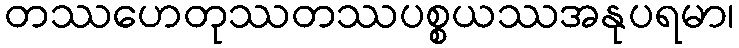
တဿဟေတုဿတဿပစ္စယဿအနုပရမာ၊